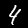
Digit: 4